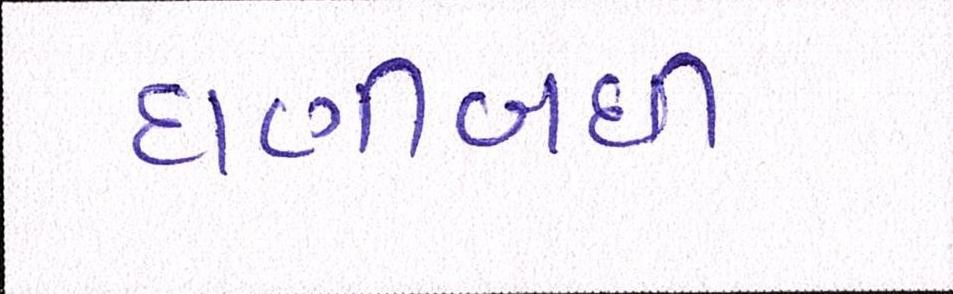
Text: ઘણીબધી